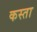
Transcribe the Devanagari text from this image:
कस्ता